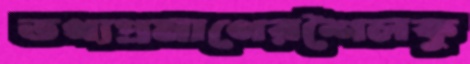
তথ্যপ্রমাণেরশৈলকু